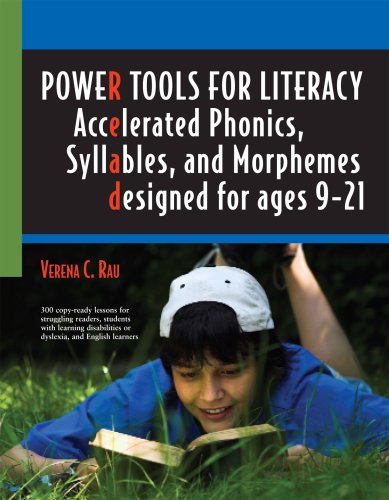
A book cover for Power Tools for Literacy: Accelerated Phonics, Syllables, and Morphemes; Verena C. Rau; Reference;